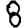
Digit: 8